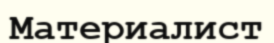
Материалист